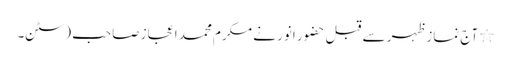
٭ آج نمازِ ظہر سے قبل حضورِ انور نے مکرم محمد اعجاز صاحب (سٹن۔